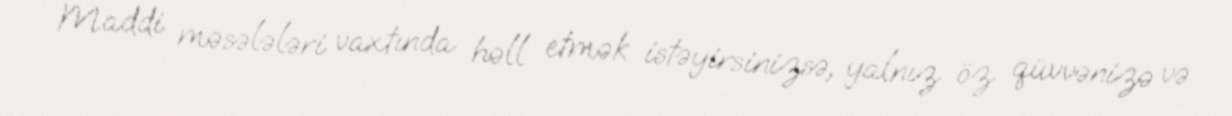
Maddi məsələləri vaxtında həll etmək istəyirsinizsə, yalnız öz qüvvənizə və